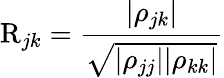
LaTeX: \mathrm{R}_{jk}=\frac{|\rho_{jk}|}{\sqrt{|\rho_{jj}||\rho_{kk}|}}